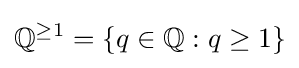
\mathbb {Q} ^{\geq 1}=\{q\in \mathbb {Q} :q\geq 1\}